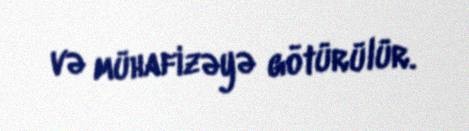
və mühafizəyə götürülür.